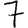
Digit: 7